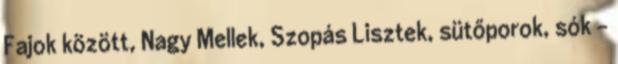
Fajok között, Nagy Mellek, Szopás Lisztek, sütőporok, sók -